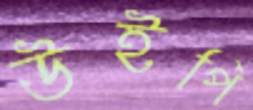
উইপি